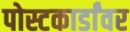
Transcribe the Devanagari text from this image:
पोस्टकार्डांवर